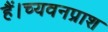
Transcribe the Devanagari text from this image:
हैं।च्यवनप्राश